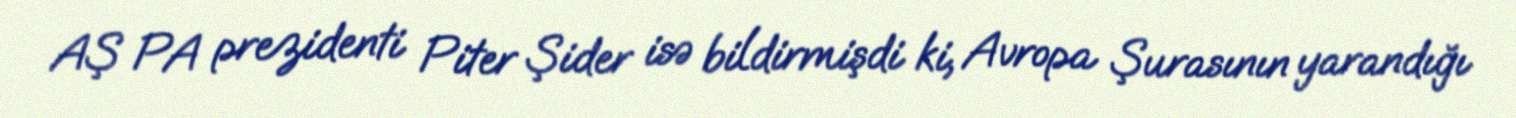
AŞ PA prezidenti Piter Şider isə bildirmişdi ki, Avropa Şurasının yarandığı